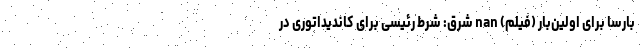
بارسا برای اولین‌بار (فیلم) nan شرق: شرط رئیسی برای کاندیداتوری در